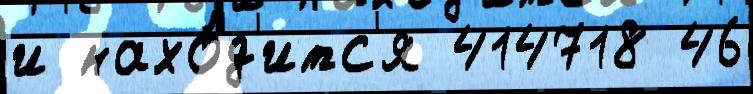
и нахо́д'итс'я 414718 46